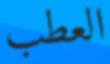
العطب